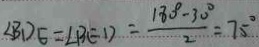
\angle B D E = \angle B E D = \frac { 1 8 0 ^ { \circ } - 3 0 ^ { \circ } } { 2 } = 7 5 ^ { \circ }